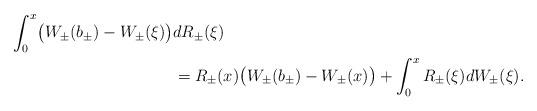
LaTeX: \begin{align*}\int_0^x \bigl(W_\pm(b_\pm)- W_\pm(\xi)\bigr) & dR_\pm(\xi) \\ &= R_\pm(x)\bigl(W_\pm(b_\pm)-W_\pm(x)\bigr)+\int_0^x R_\pm(\xi)dW_\pm(\xi). \end{align*}